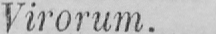
Virorum.